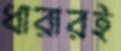
ধারারই